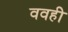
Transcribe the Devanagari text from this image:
ववही